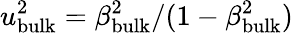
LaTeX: u_{\mathrm{bulk}}^{2}=\beta_{\mathrm{bulk}}^{2}/(1-\beta_{\mathrm{bulk}}^{2})